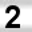
Digit: 2